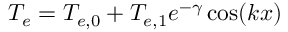
{ T _ { e } } = { T _ { e , 0 } } + { T _ { e , 1 } } { e ^ { - \gamma } } \cos ( k x )